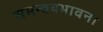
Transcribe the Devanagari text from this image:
समन्वयभावना